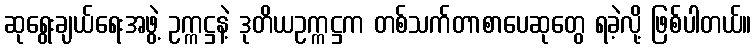
ဆုရွေးချယ်ရေးအဖွဲ့ ဥက္ကဋ္ဌနဲ့ ဒုတိယဥက္ကဋ္ဌက တစ်သက်တာစာပေဆုတွေ ရခဲ့လို့ ဖြစ်ပါတယ်။